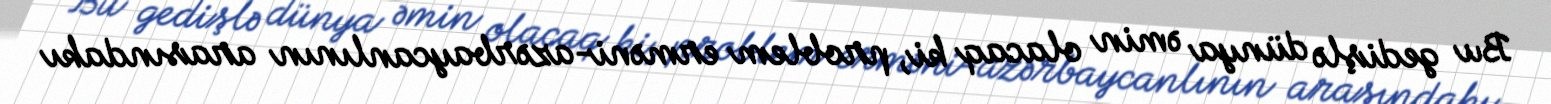
Bu gedişlə dünya əmin olacaq ki, problem erməni-azərbaycanlının arasındakı